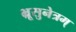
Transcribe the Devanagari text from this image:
भ्रूसुनेत्रम्